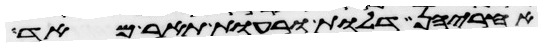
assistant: אחריהן דלות ורעות תאר מאד